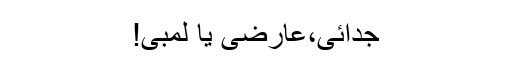
جدائی،عارضی یا لمبی!